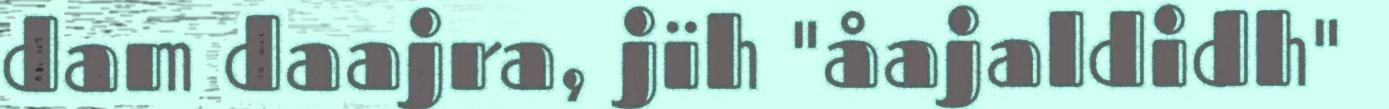
dam daajra, jïh "åajaldidh"